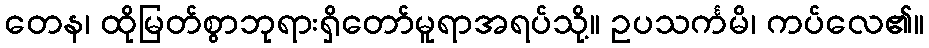
တေန၊ ထိုမြတ်စွာဘုရားရှိတော်မူရာအရပ်သို့။ ဥပသင်္ကမိ၊ ကပ်လေ၏။